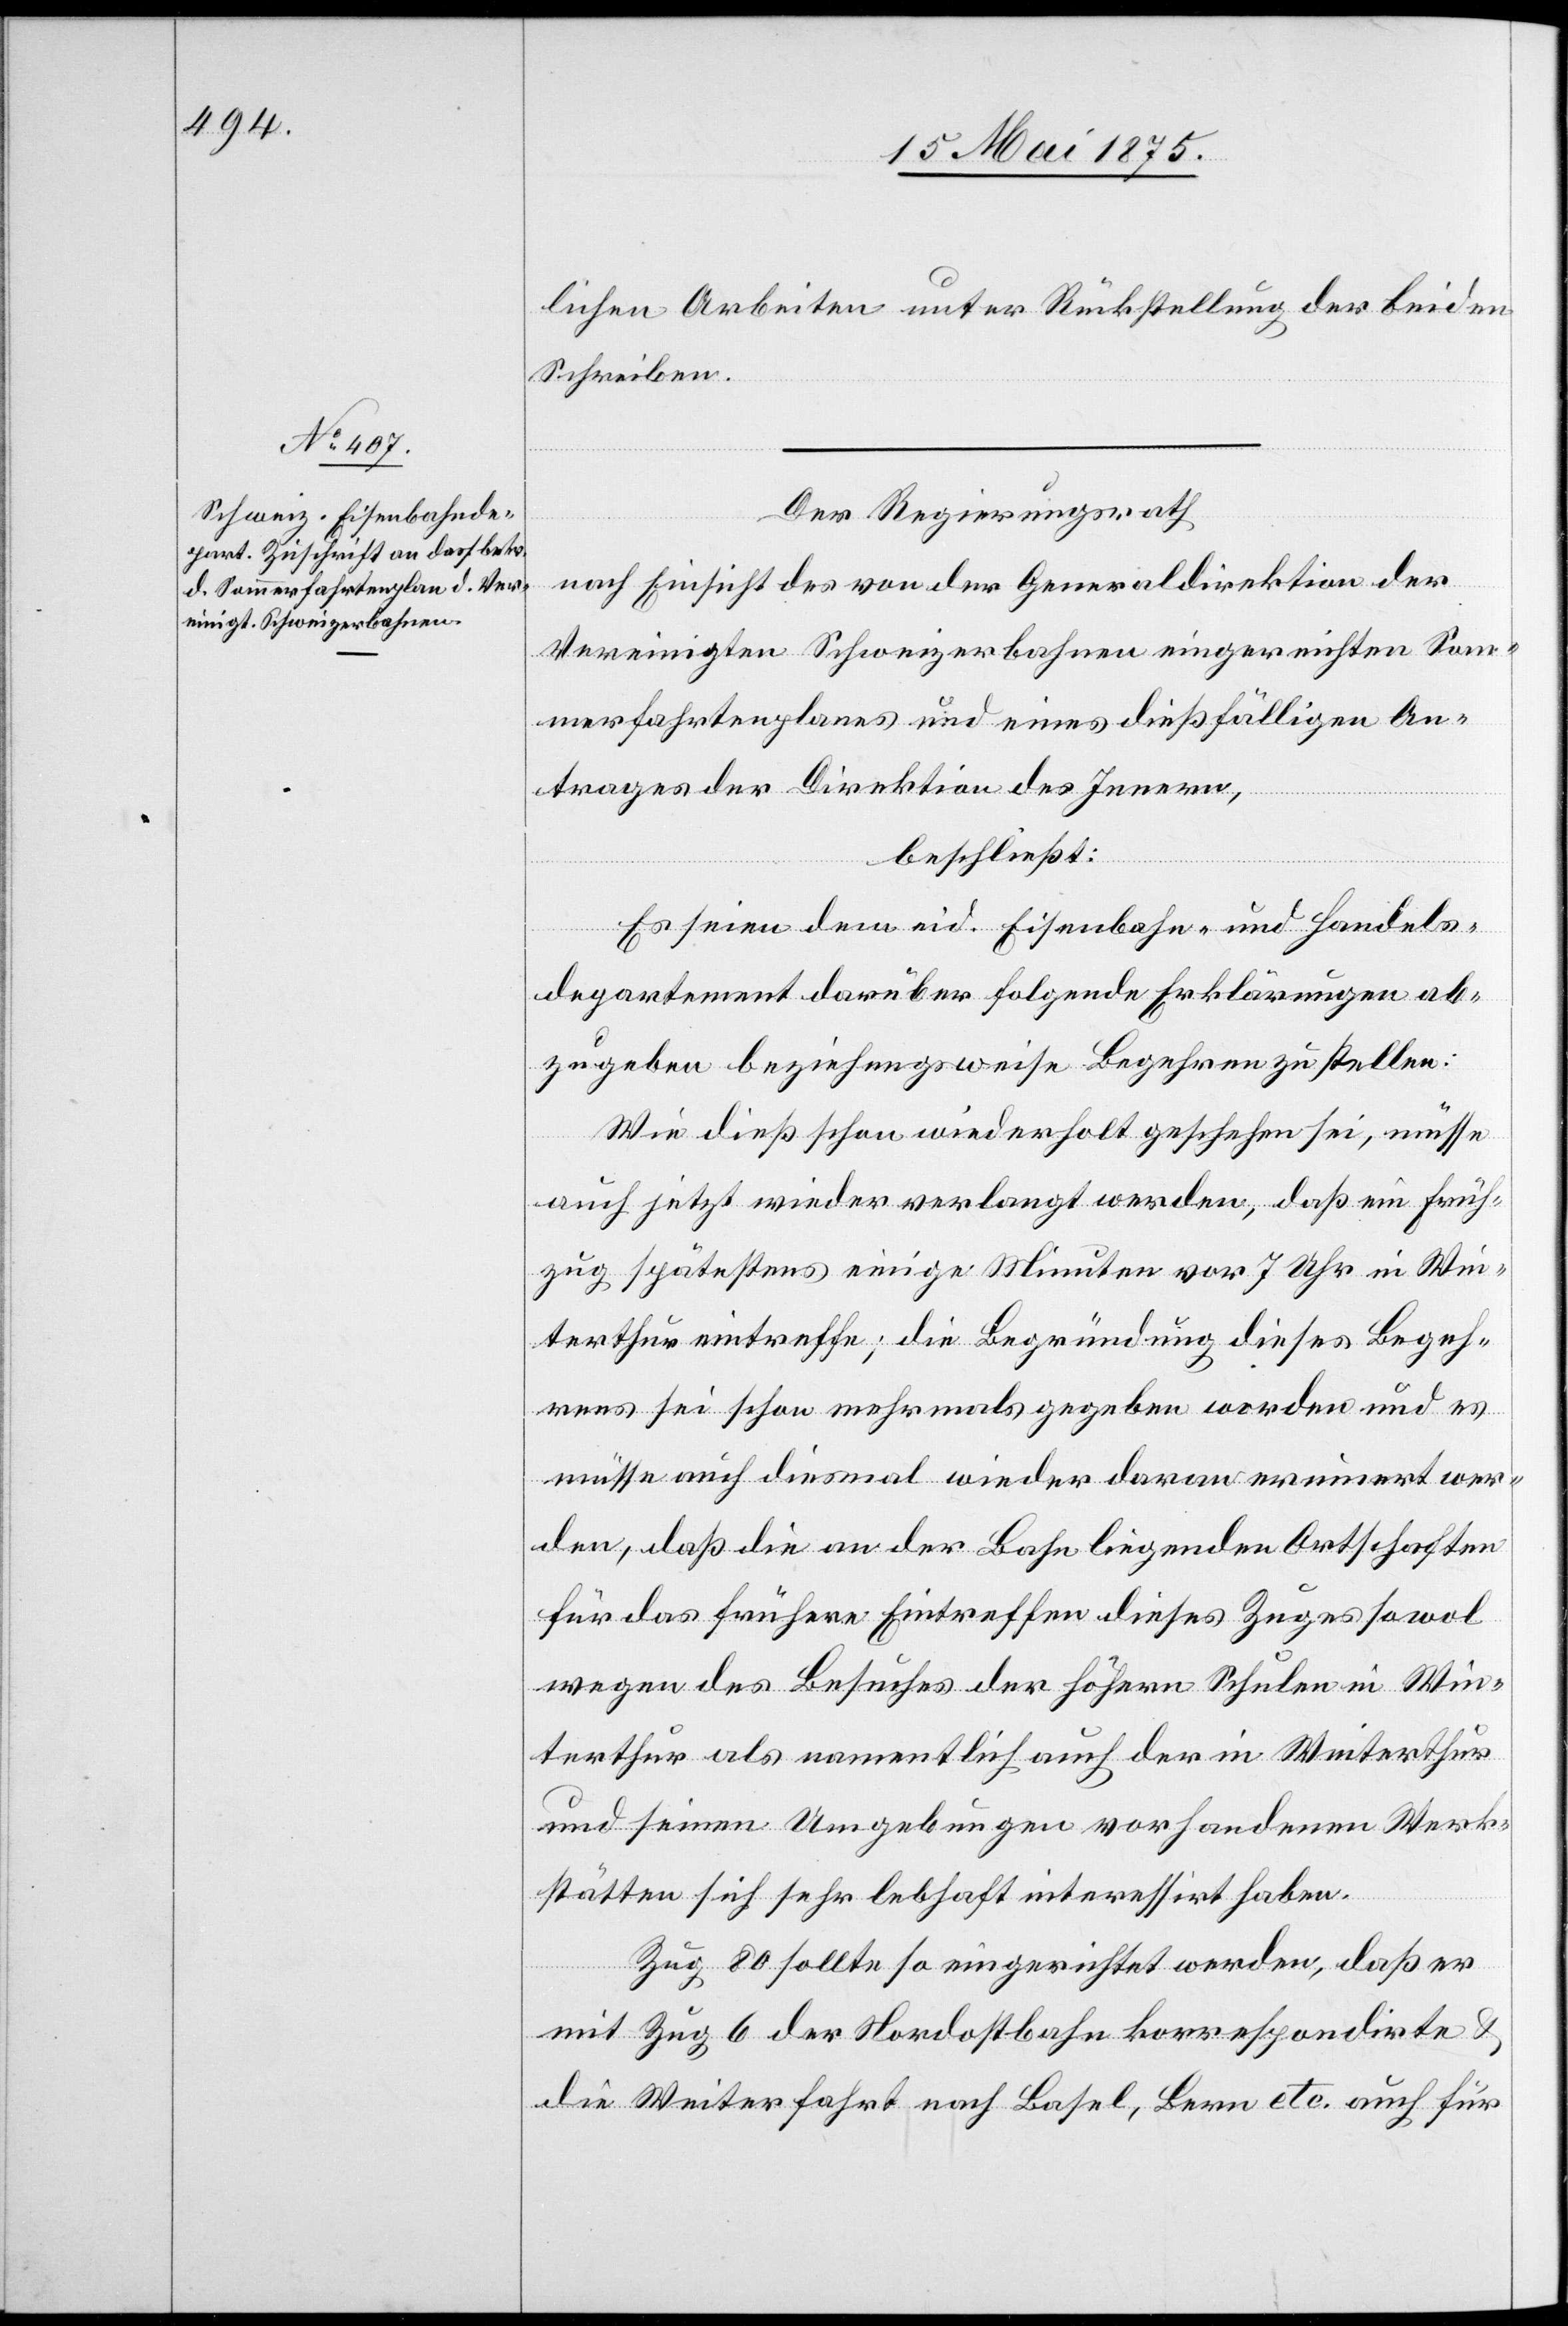
lichen Arbeiten unter Rückstellung der beiden
Schreiben.
Der Regierungsrath,
nach Einsicht des von der Generaldirektion der
Vereingten Schweizerbahnen eingereichten Som¬
merfahrtenplanes und eines dießfälligen An¬
trages der Direktion des Innern,
beschließt:
Es seien dem eid. Eisenbahn- und Handels¬
departement darüber folgende Erklärungen ab¬
zugeben beziehungsweise Begehren zu stellen:
Wie dieß schon wiederholt geschehen sei, müsse
auch jetzt wieder verlangt werden, daß ein Früh¬
zug spätestens einige Minuten vor 7 Uhr in Win¬
terthur eintreffe; die Begründung dieses Begeh¬
rens sei schon mehrmals gegeben worden und es
müsse auch diesmal wieder daran erinnert wer¬
den, daß die an der Bahn liegenden Ortschaften
für das frühere Eintreffen dieses Zuges sowol
wegen des Besuches der höhern Schulen in Win¬
terthur als namentlich auch der in Winterthur
und seinen Umgebungen vorhandenen Werk¬
stätten sich sehr lebhaft interessirt haben.
Zug 80 sollte so eingerichtet werden, daß er
mit Zug 6 der Nordostbahn korrespondirte &
die Weiterfahrt nach Basel, Bern etc. auch für